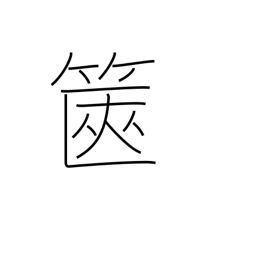
Meaning: box